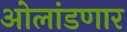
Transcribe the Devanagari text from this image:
ओलांडणार